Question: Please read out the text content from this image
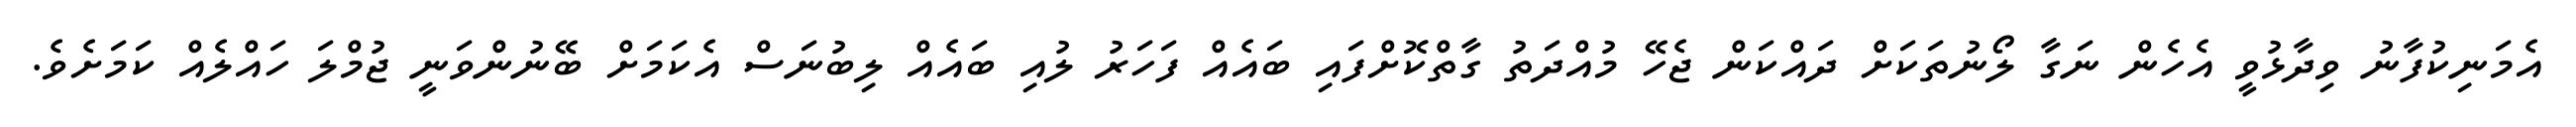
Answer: އެމަނިކުފާނު ވިދާޅުވީ އެހެން ނަގާ ލޯނުތަކަށް ދައްކަން ޖެހޭ މުއްދަތު ގާތްކޮށްފައި ބައެއް ފަހަރު ލުއި ބައެއް ލިބުނަސް އެކަމަށް ބޭނުންވަނީ ޖުމްލަ ހައްލެއް ކަމަށެވެ.